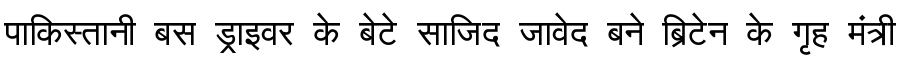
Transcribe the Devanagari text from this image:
पाकिस्तानी बस ड्राइवर के बेटे साजिद जावेद बने ब्रिटेन के गृह मंत्री